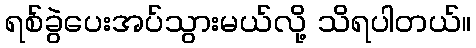
ရစ်ခွဲပေးအပ်သွားမယ်လို့ သိရပါတယ်။